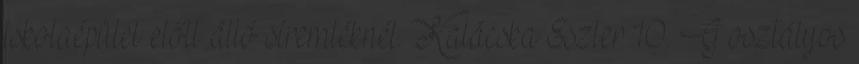
iskolaépület előtt álló síremléknél. Kalácska Eszter 10. G osztályos